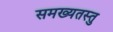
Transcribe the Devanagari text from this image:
समख्यतस्तु